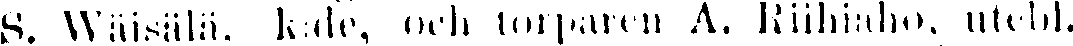
S. Wäisälä, k:de, och torparen A. Riihiaho, utebl.